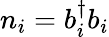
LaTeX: n_{i}=b_{i}^{\dagger}b_{i}